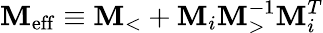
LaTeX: \mathbf{M}_{\mathrm{{{eff}}}}\equiv\mathbf{M}_{<}+\mathbf{M}_{i}\mathbf{M}_{>}^{-1}\mathbf{M}_{i}^{T}